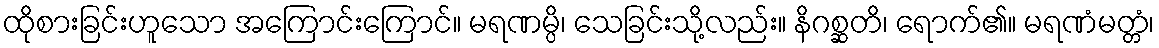
ထိုစားခြင်းဟူသော အကြောင်းကြောင်။ မရဏမ္ပိ၊ သေခြင်းသို့လည်း။ နိဂစ္ဆတိ၊ ရောက်၏။ မရဏံမတ္တံ၊